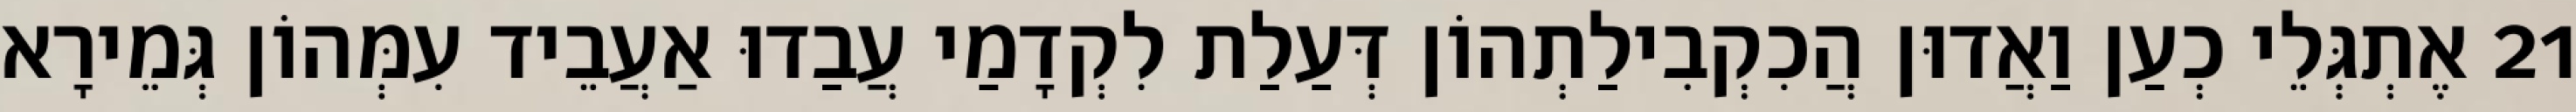
21 אֶתְגְּלֵי כְעַן וַאֲדוּן הֲכִקְבִילַתְהוֹן דְּעַלַת לִקְדָמַי עֲבַדוּ אַעֲבֵיד עִמְּהוֹן גְּמֵירָא